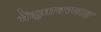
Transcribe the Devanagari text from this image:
मेंदूआवरणात